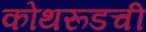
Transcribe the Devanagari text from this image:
कोथरूडची